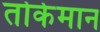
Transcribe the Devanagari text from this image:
तोर्कमान